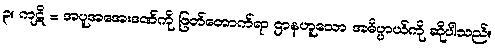
၃။ ကုဋိ = အပူအအေးဒဏ်ကို ဖြတ်တောက်ရာ ဌာနဟူသော အဓိပ္ပာယ်ကို ဆိုပါသည်။